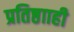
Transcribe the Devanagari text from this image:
प्रतिष्ठााही